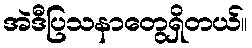
အဲဒီပြသနာတွေရှိတယ်။